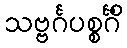
သဗ္ဗင်္ဂပစ္စင်္ဂိံ